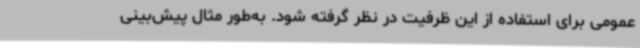
عمومی برای استفاده از این ظرفیت در نظر گرفته شود. به‌طور مثال پیش‌بینی